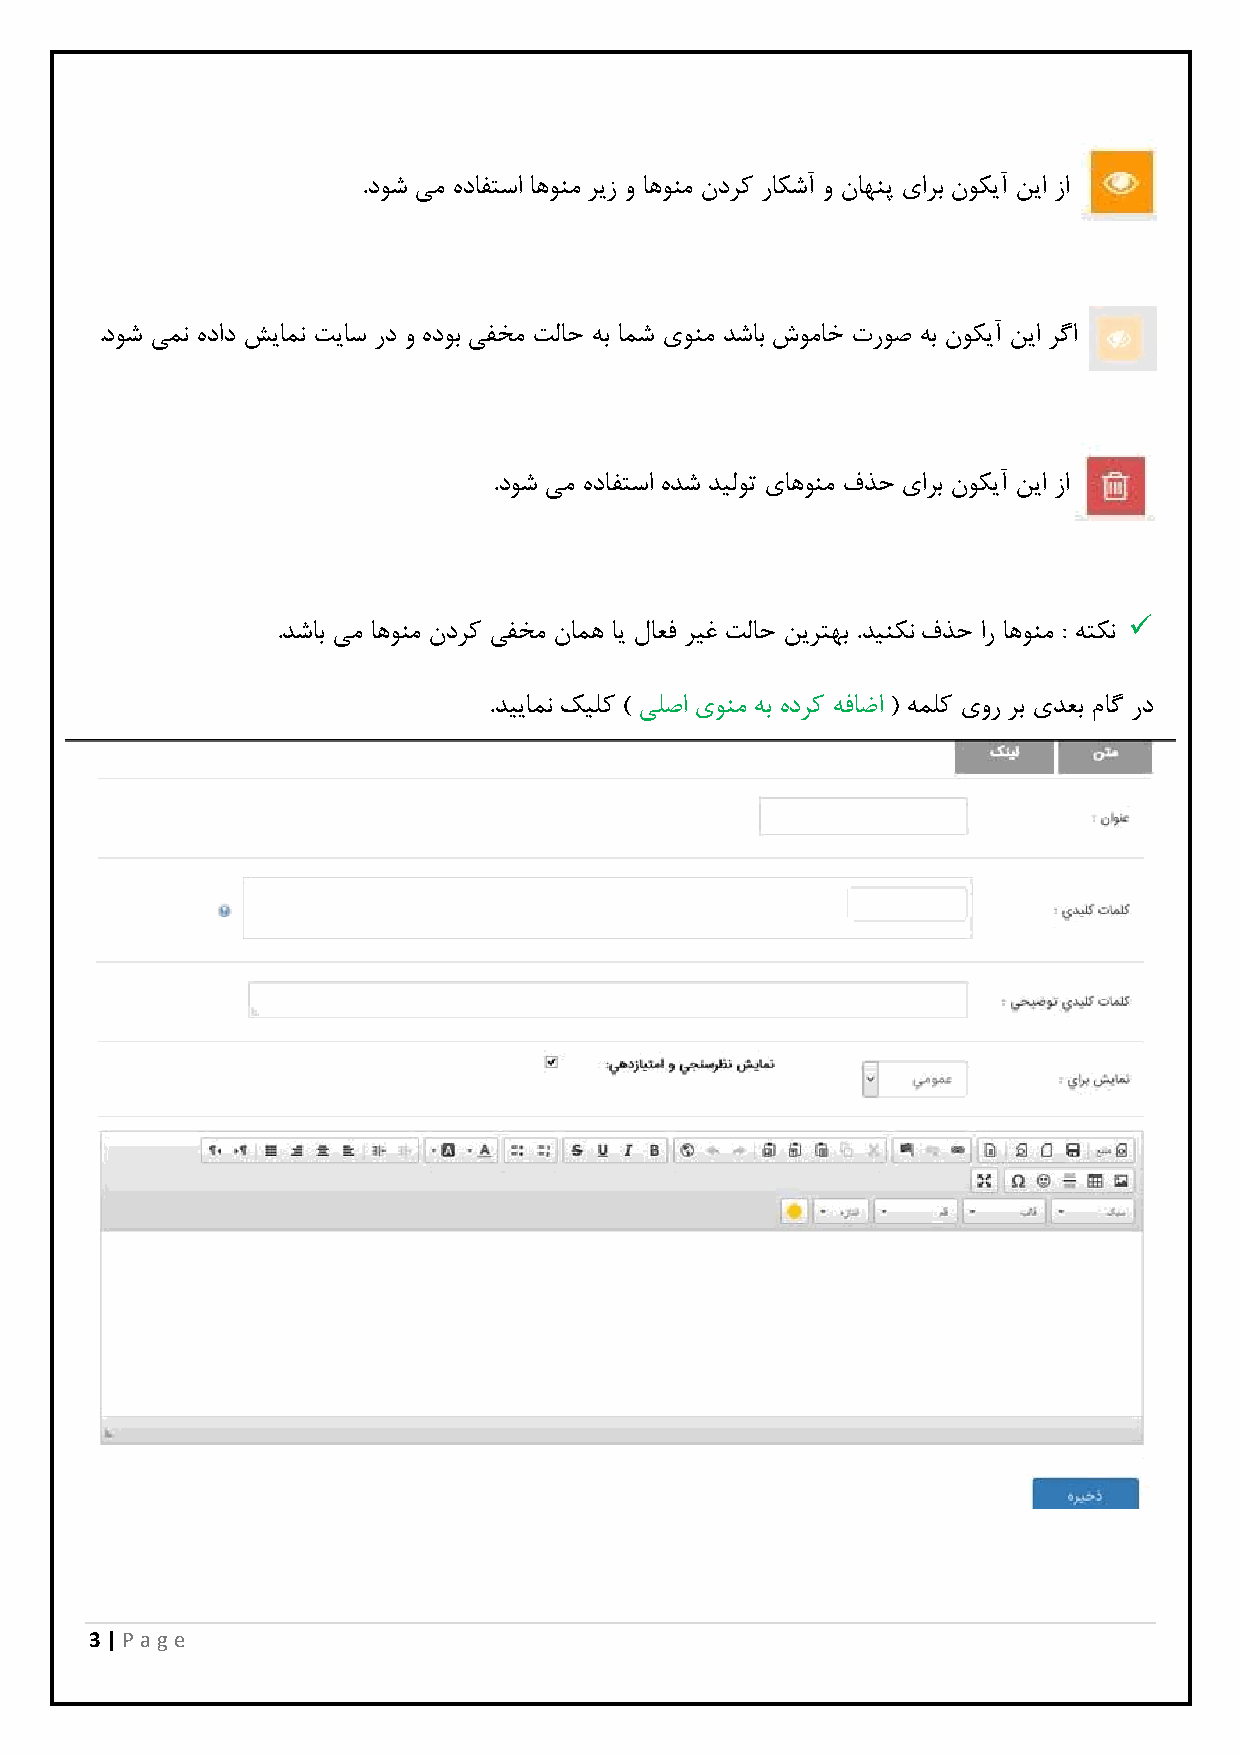
.دوش یم هدافتسا اهونم ریز و اهونم ندرک راکشآ و ناهنپ یارب نوکیآ نیا زا
 .دوش یمن هداد شیامن تیاس رد و هدوب یفخم تلاح هب امش یونم دشاب شوماخ تروص هب نوکیآ نیا رگا
 .دوش یم هدافتسا هدش دیلوت یاهونم فذح یارب نوکیآ نیا زا
 
 .دشاب یم اهونم ندرک یفخم نامه ای لاعف ریغ تلاح نیرتهب .دینکن فذح ار اهونم : هتکن
 .دییامن کیلک ) یلصا یونم هب هدرک هفاضا ( هملک یور رب یدعب ماگ رد
 3 | P age